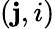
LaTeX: (\mathbf{j},i)